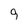
Character: 9